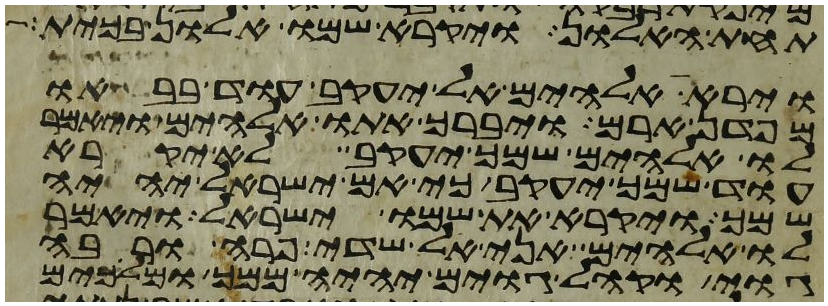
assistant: תחת האלון ויקרא שמו אלון בכית
וירא אלהים אל יעקב עוד בבאו
מפדן ארם ויברך אתו אלהים ויאמר
לו אלהים שמך יעקב לא יקרא
עוד שמך יעקב כי אם ישראל יהיה
שמך ויקרא את שמו ישראל ויאמר
לו אלהים אני אל שדי פרה ורבה
גוי וקהל גוים יהיה ממך ומלכים